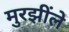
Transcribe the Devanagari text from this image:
मुरझींले